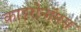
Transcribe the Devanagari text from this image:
काइरोनॉमस